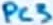
Text: PC3